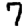
Digit: 7